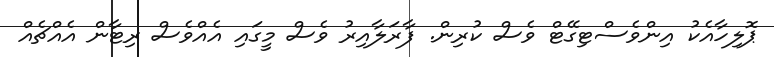
ޕޮލިހާއެކު އިންވެސްޓިގޭޓް ވެސް ކުރިން. ފާރަލާއިރު ވެސް މީގައި އެއްވެސް ރިޓާން އެއްޗެއް